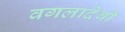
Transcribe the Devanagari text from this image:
वगलादेवी